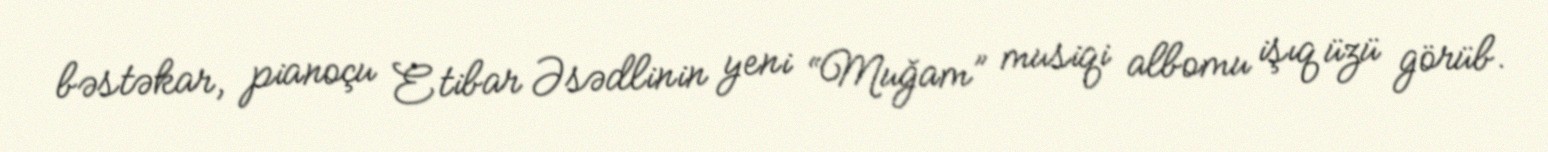
bəstəkar, pianoçu Etibar Əsədlinin yeni “Muğam” musiqi albomu işıq üzü görüb.